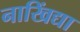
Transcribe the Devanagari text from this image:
नाखिंद्या